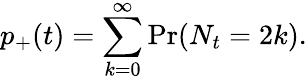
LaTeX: p_{+}(t)=\sum_{k=0}^{\infty}\operatorname*{Pr}(N_{t}=2k).